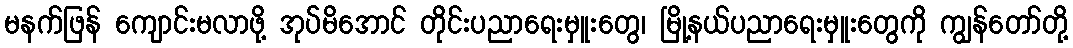
မနက်ဖြန် ကျောင်းမလာဖို့ အုပ်မိအောင် တိုင်းပညာရေးမှူးတွေ၊ မြို့နယ်ပညာရေးမှူးတွေကို ကျွန်တော်တို့